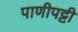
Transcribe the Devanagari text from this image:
पाणीपट्टी